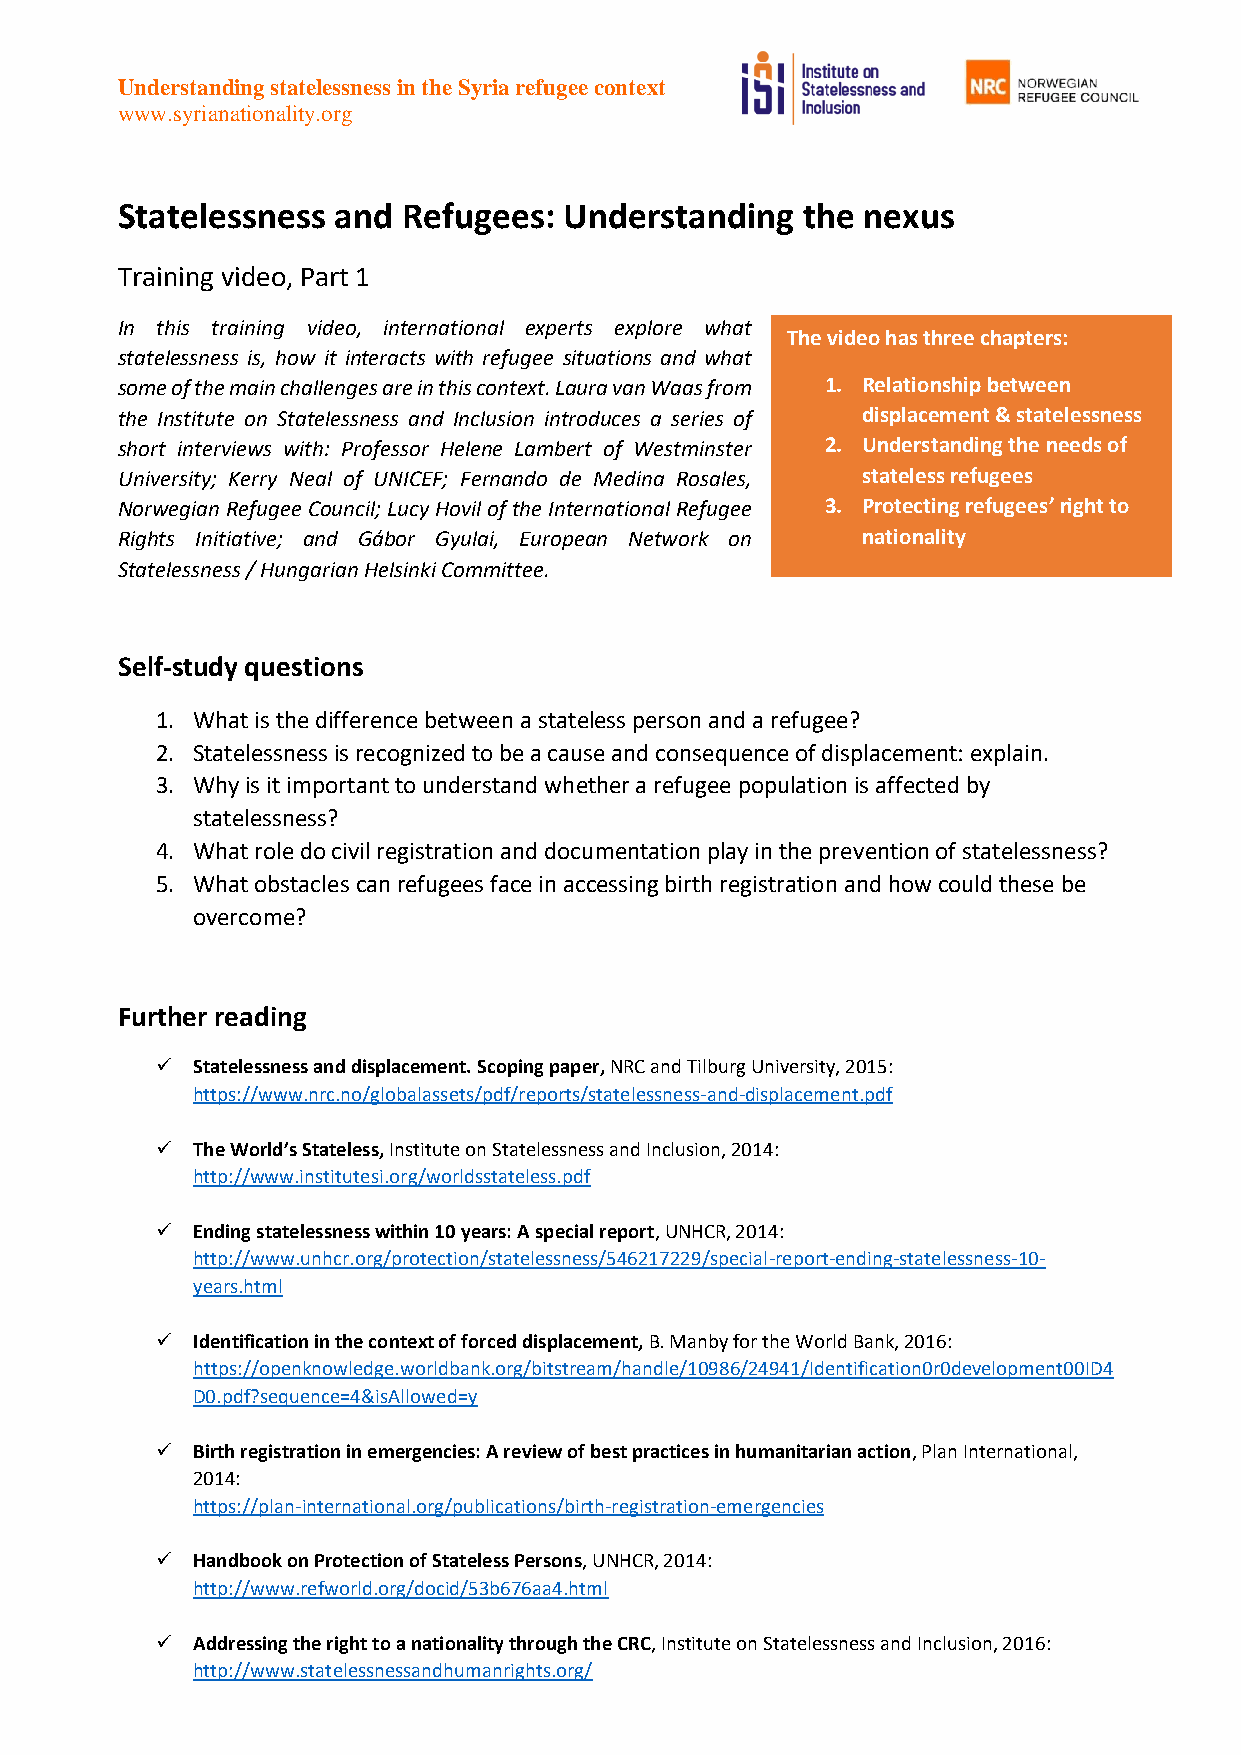
Understanding statelessness in the Syria refugee context
 www.syrianationality.org
 Statelessness and  Refugees: Understanding   the nexus
 Training video, Part 1
 In this training video, international experts explore what
 The video has three chapters:
 statelessness is, how it interacts with refugee situations and what
 some of the main challenges are in this context. Laura van Waas from 1. Relationship between
 the Institute on Statelessness and Inclusion introduces a series of displacement & statelessness
 short interviews with: Professor Helene Lambert of Westminster 2. Understanding the needs of
 University; Kerry Neal of UNICEF; Fernando de Medina Rosales, stateless refugees
 Norwegian Refugee Council; Lucy Hovil of the International Refugee 3. Protecting refugees’ right to
 Rights Initiative; and Gábor Gyulai, European Network on nationality
 Statelessness / Hungarian Helsinki Committee.
 Self-study questions
 1. What is the difference between a stateless person and a refugee?
 2. Statelessness is recognized to be a cause and consequence of displacement: explain.
 3. Why is it important to understand whether a refugee population is affected by
 statelessness?
 4. What role do civil registration and documentation play in the prevention of statelessness?
 5. What obstacles can refugees face in accessing birth registration and how could these be
 overcome?
 Further reading
   Statelessness and displacement. Scoping paper, NRC and Tilburg University, 2015:
 https://www.nrc.no/globalassets/pdf/reports/statelessness-and-displacement.pdf
   The World’s Stateless, Institute on Statelessness and Inclusion, 2014:
 http://www.institutesi.org/worldsstateless.pdf
   Ending statelessness within 10 years: A special report, UNHCR, 2014:
 http://www.unhcr.org/protection/statelessness/546217229/special-report-ending-statelessness-10-
 years.html
   Identification in the context of forced displacement, B. Manby for the World Bank, 2016:
 https://openknowledge.worldbank.org/bitstream/handle/10986/24941/Identification0r0development00ID4
 D0.pdf?sequence=4&isAllowed=y
   Birth registration in emergencies: A review of best practices in humanitarian action, Plan International,
 2014:
 https://plan-international.org/publications/birth-registration-emergencies
   Handbook on Protection of Stateless Persons, UNHCR, 2014:
 http://www.refworld.org/docid/53b676aa4.html
   Addressing the right to a nationality through the CRC, Institute on Statelessness and Inclusion, 2016:
 http://www.statelessnessandhumanrights.org/